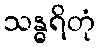
သန္ဓရိတုံ